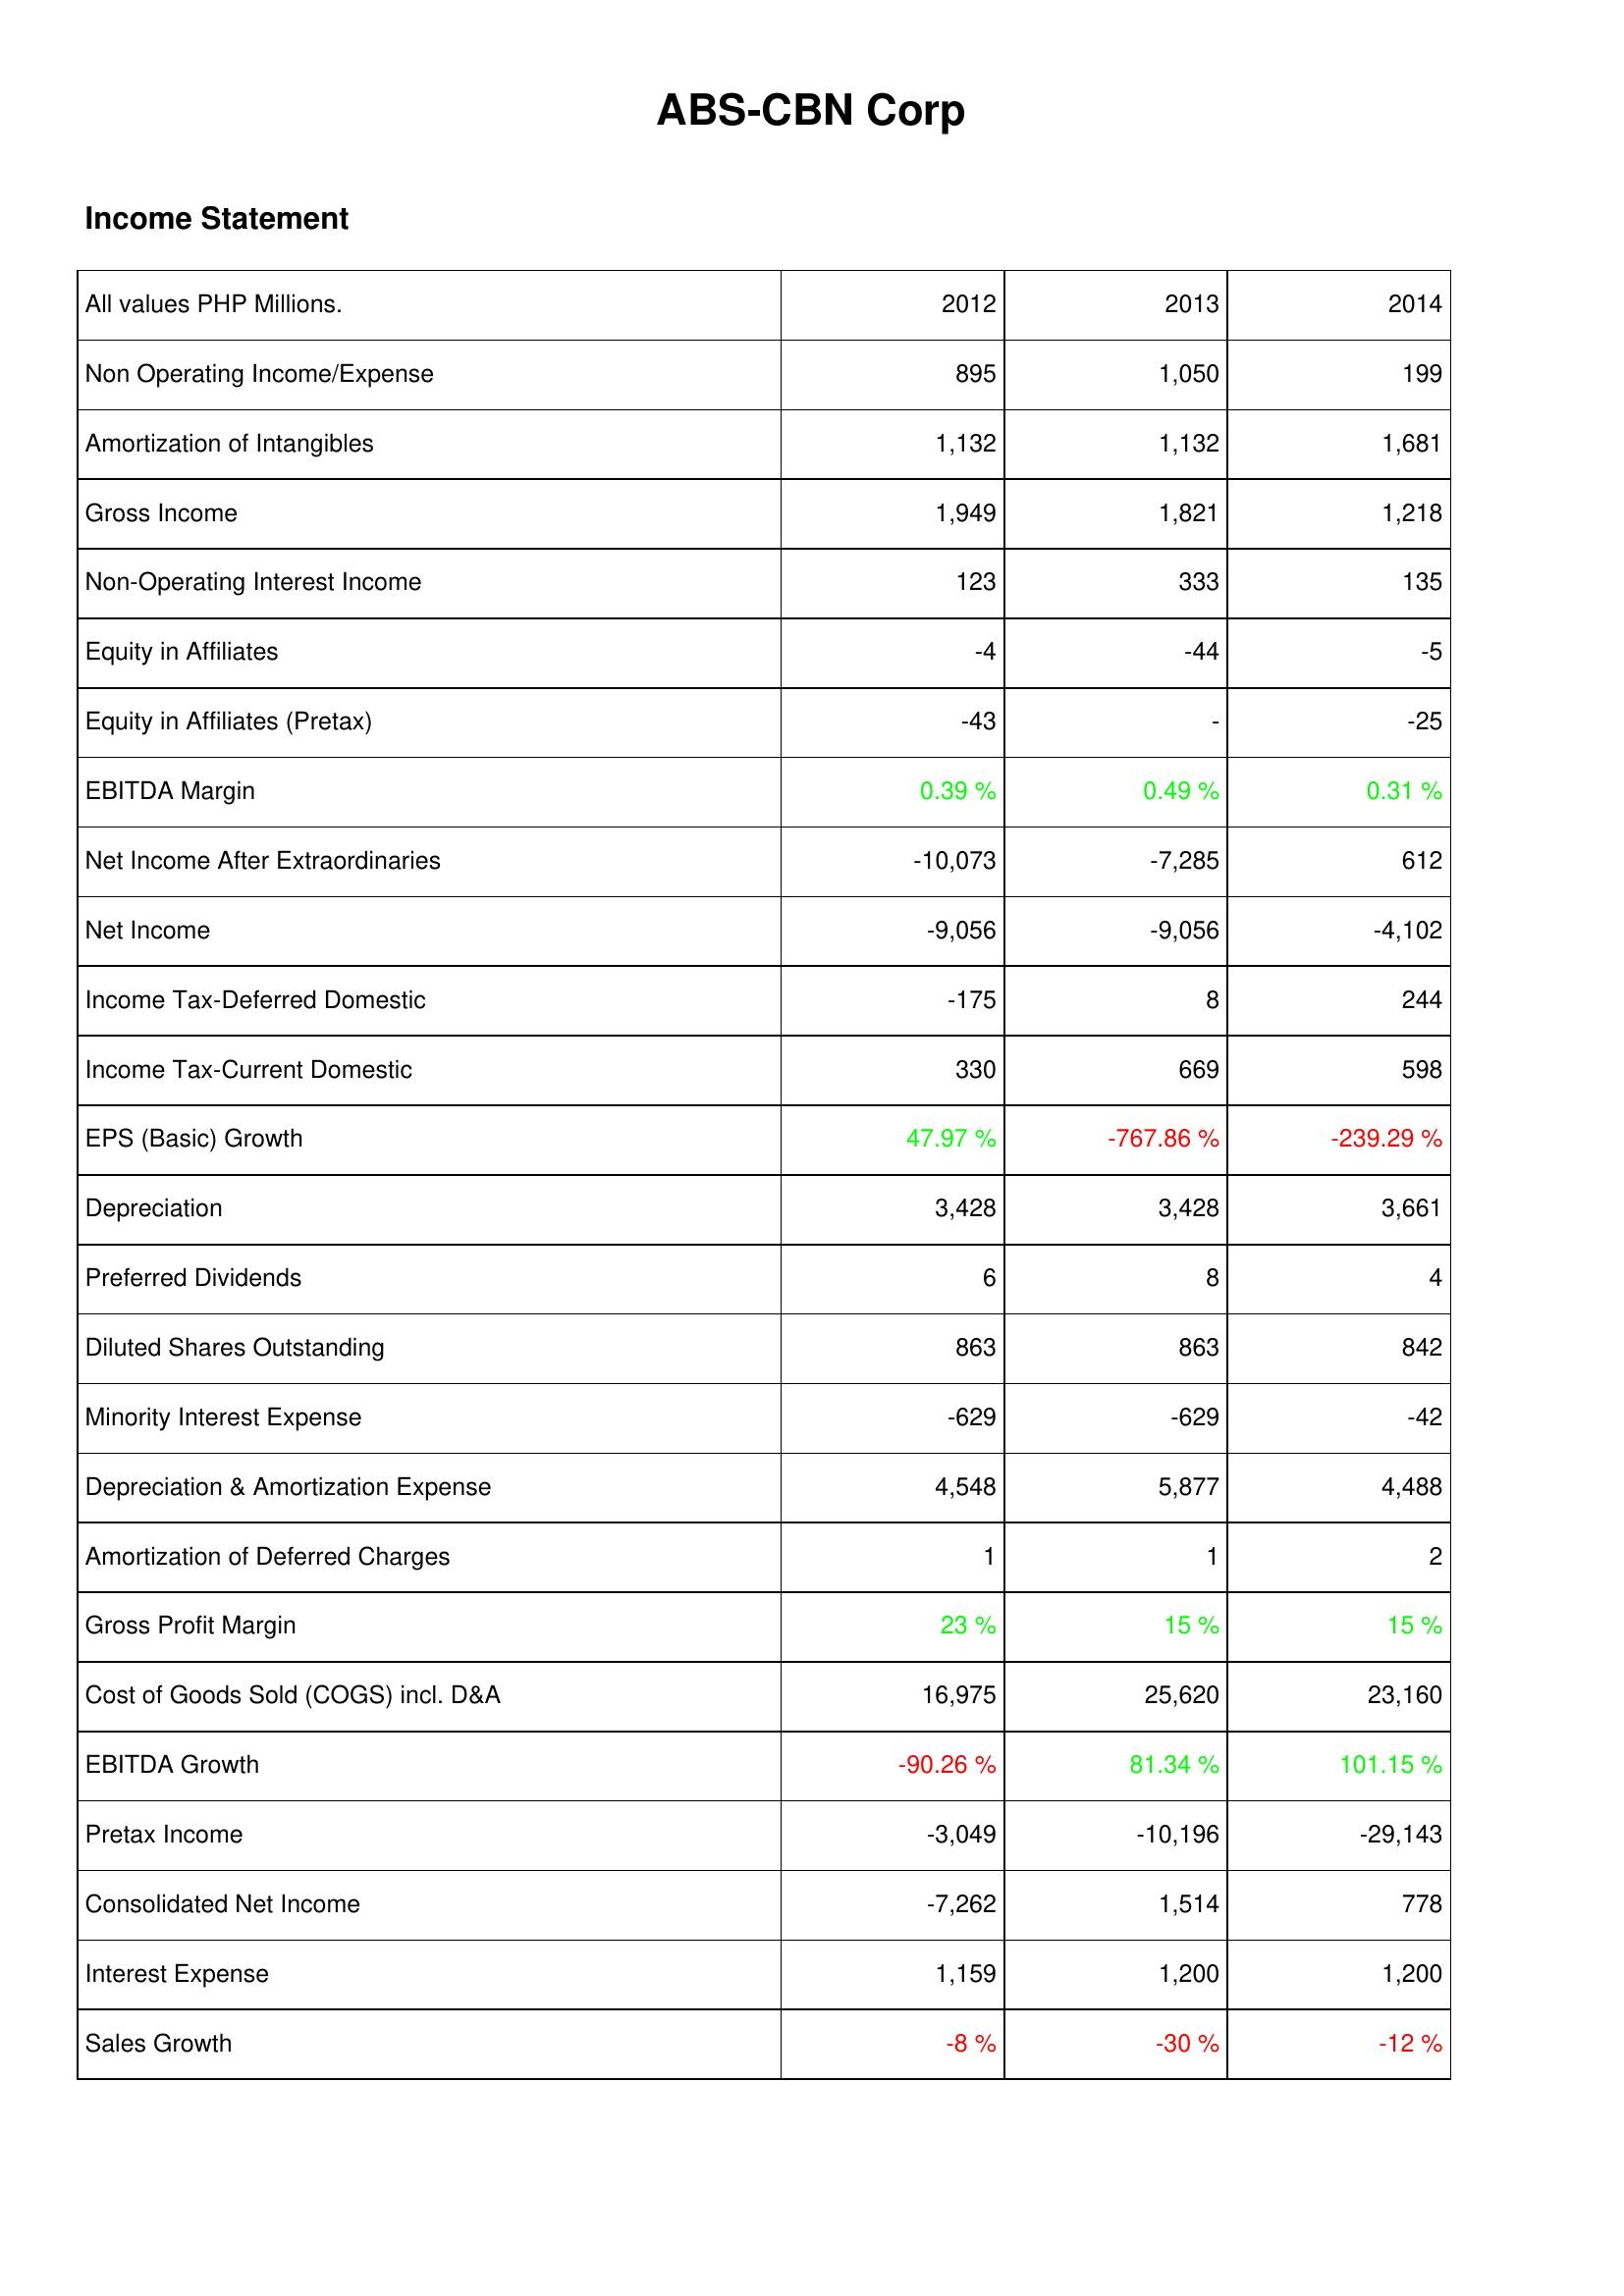
2012: Income Statement: Non Operating Income/Expense: 895
Amortization of Intangibles: 1,132
Gross Income: 1,949
Non-Operating Interest Income: 123
Equity in Affiliates: -4
Equity in Affiliates (Pretax): -43
EBITDA Margin: 0.39 %
Net Income After Extraordinaries: -10,073
Net Income: -9,056
Income Tax-Deferred Domestic: -175
Income Tax-Current Domestic: 330
EPS (Basic) Growth: 47.97 %
Depreciation: 3,428
Preferred Dividends: 6
Diluted Shares Outstanding: 863
Minority Interest Expense: -629
Depreciation & Amortization Expense: 4,548
Amortization of Deferred Charges: 1
Gross Profit Margin: 23 %
Cost of Goods Sold (COGS) incl. D&A: 16,975
EBITDA Growth: -90.26 %
Pretax Income: -3,049
Consolidated Net Income: -7,262
Interest Expense: 1,159
Sales Growth: -8 %
2013: Income Statement: Non Operating Income/Expense: 1,050
Amortization of Intangibles: 1,132
Gross Income: 1,821
Non-Operating Interest Income: 333
Equity in Affiliates: -44
Equity in Affiliates (Pretax): -
EBITDA Margin: 0.49 %
Net Income After Extraordinaries: -7,285
Net Income: -9,056
Income Tax-Deferred Domestic: 8
Income Tax-Current Domestic: 669
EPS (Basic) Growth: -767.86 %
Depreciation: 3,428
Preferred Dividends: 8
Diluted Shares Outstanding: 863
Minority Interest Expense: -629
Depreciation & Amortization Expense: 5,877
Amortization of Deferred Charges: 1
Gross Profit Margin: 15 %
Cost of Goods Sold (COGS) incl. D&A: 25,620
EBITDA Growth: 81.34 %
Pretax Income: -10,196
Consolidated Net Income: 1,514
Interest Expense: 1,200
Sales Growth: -30 %
2014: Income Statement: Non Operating Income/Expense: 199
Amortization of Intangibles: 1,681
Gross Income: 1,218
Non-Operating Interest Income: 135
Equity in Affiliates: -5
Equity in Affiliates (Pretax): -25
EBITDA Margin: 0.31 %
Net Income After Extraordinaries: 612
Net Income: -4,102
Income Tax-Deferred Domestic: 244
Income Tax-Current Domestic: 598
EPS (Basic) Growth: -239.29 %
Depreciation: 3,661
Preferred Dividends: 4
Diluted Shares Outstanding: 842
Minority Interest Expense: -42
Depreciation & Amortization Expense: 4,488
Amortization of Deferred Charges: 2
Gross Profit Margin: 15 %
Cost of Goods Sold (COGS) incl. D&A: 23,160
EBITDA Growth: 101.15 %
Pretax Income: -29,143
Consolidated Net Income: 778
Interest Expense: 1,200
Sales Growth: -12 %